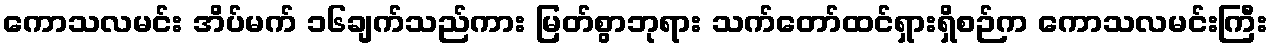
ကောသလမင်း အိပ်မက် ၁၆ချက်သည်ကား မြတ်စွာဘုရား သက်တော်ထင်ရှားရှိစဉ်က ကောသလမင်းကြီး